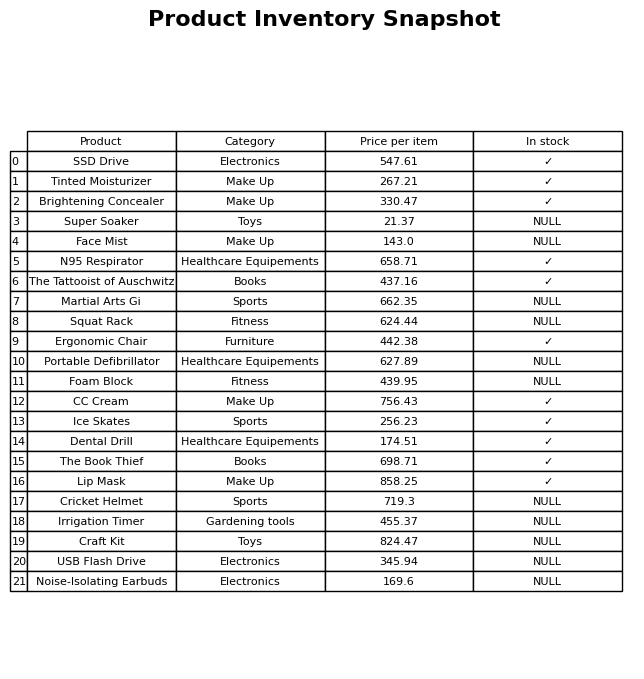
question: Which products are currently out of stock?
answer: Super Soaker, Face Mist, Martial Arts Gi, Squat Rack, Portable Defibrillator, Foam Block, Cricket Helmet, Irrigation Timer, Craft Kit, USB Flash Drive, Noise-Isolating Earbuds